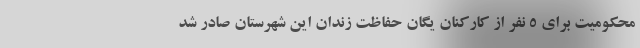
محکومیت برای ۵ نفر از کارکنان یگان حفاظت زندان این شهرستان صادر شد